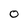
Character: O